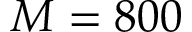
M = 8 0 0